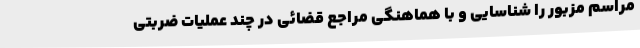
مراسم مزبور را شناسایی و با هماهنگی مراجع قضائی در چند عملیات ضربتی